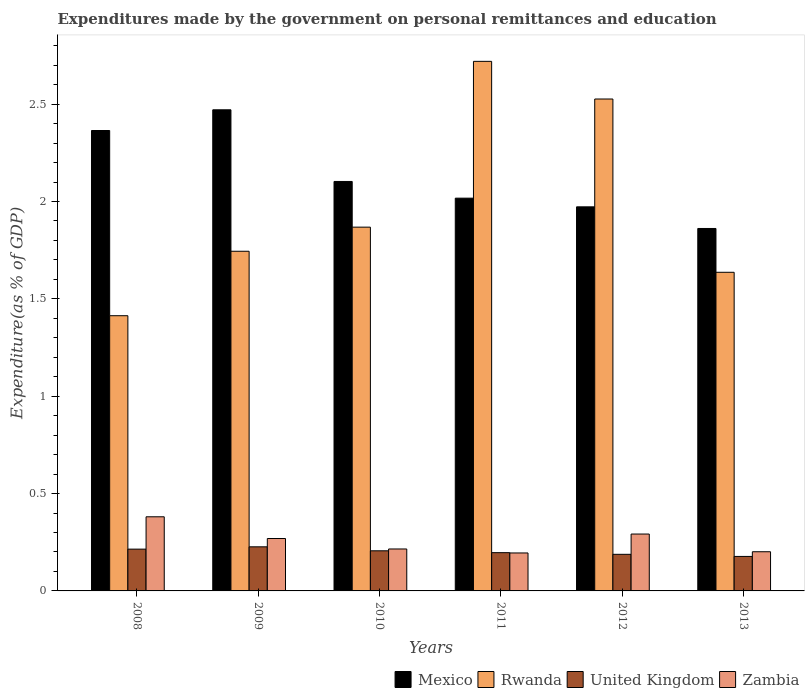
| Years | Mexico | Rwanda | United Kingdom | Zambia |
 | --- | --- | --- | --- | --- |
 | 2008 | 2.36 | 1.41 | 0.215 | 0.381 |
 | 2009 | 2.47 | 1.74 | 0.227 | 0.269 |
 | 2010 | 2.1 | 1.87 | 0.206 | 0.215 |
 | 2011 | 2.02 | 2.72 | 0.197 | 0.195 |
 | 2012 | 1.97 | 2.53 | 0.188 | 0.292 |
 | 2013 | 1.86 | 1.64 | 0.177 | 0.201 |